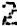
2